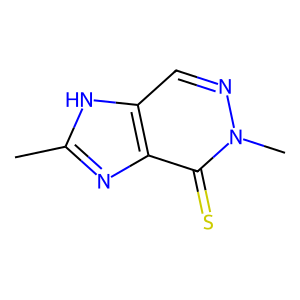
SMILES: Cc1nc2c(=S)n(C)ncc2[nH]1
Inhibits HIV replication: No